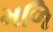
મળિ